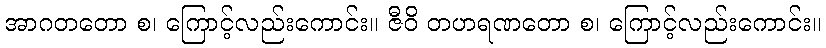
အာဂတတော စ၊ ကြောင့်လည်းကောင်း။ ဇီဝိ တဟရဏတော စ၊ ကြောင့်လည်းကောင်း။